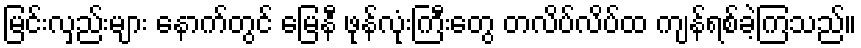
မြင်းလှည်းများ နောက်တွင် မြေနီ ဖုန်လုံးကြီးတွေ တလိပ်လိပ်ထ ကျန်ရစ်ခဲ့ကြသည်။